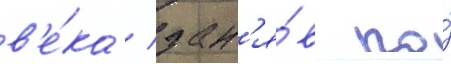
в'е́ка / зан'я́в по́